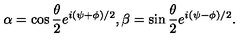
\alpha = \cos { \frac { \theta } { 2 } } e ^ { i ( \psi + \phi ) / 2 } , \beta = \sin { \frac { \theta } { 2 } } e ^ { i ( \psi - \phi ) / 2 } .